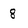
Character: 8